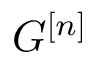
G ^ { [ n ] }